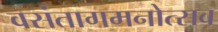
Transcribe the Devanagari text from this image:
वसंतागमनोत्सव